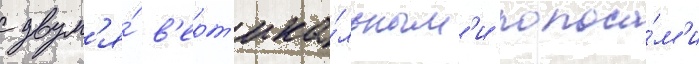
с двум'я́ в'ерт'ика́льным'и полоса́м'и